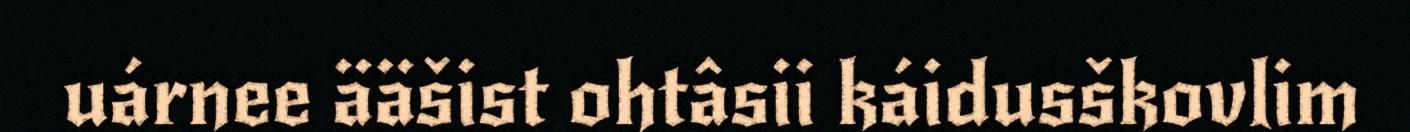
uárnee ääšist ohtâsii káidusškovlim